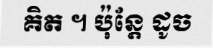
គិត ។ ប៉ុន្តែ ដូច